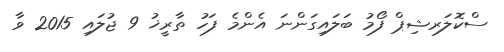
ސްކޮލަރޝިޕް ފޯމު ބަލައިގަންނަ އެންމެ ފަހު ތާރީޚު 9 ޖުލައި 2015 ވާ